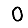
Digit: 0